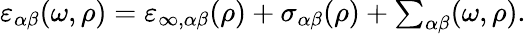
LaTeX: \varepsilon_{\alpha\beta}(\omega,\rho)=\varepsilon_{\infty,\alpha\beta}(\rho)+\sigma_{\alpha\beta}(\rho)+{\textstyle\sum_{{\alpha\beta}}}(\omega,\rho).